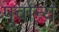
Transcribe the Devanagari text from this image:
पूर्वान्य